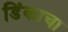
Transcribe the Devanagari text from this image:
डिंकाचा